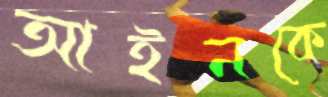
আইনকে